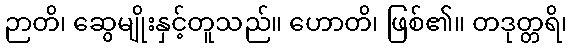
ဉာတိ၊ ဆွေမျိုးနှင့်တူသည်။ ဟောတိ၊ ဖြစ်၏။ တဒုတ္တရိ၊